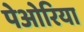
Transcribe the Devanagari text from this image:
पेओरिया